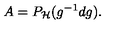
A = P _ { \cal H } ( g ^ { - 1 } d g ) .